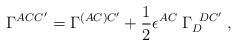
LaTeX: \begin{align*}\Gamma^{ACC'}=\Gamma^{(AC)C'}+{1\over 2}\epsilon^{AC}\; \Gamma_{D}^{\; \; DC'} \; ,\end{align*}